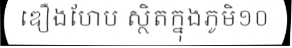
ឌឿងហែប ស្ថិតក្នុងភូមិ១០